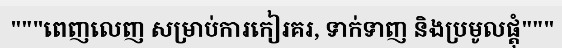
"""ពេញលេញ សម្រាប់ការកៀរគរ, ទាក់ទាញ និងប្រមូលផ្តុំ"""